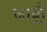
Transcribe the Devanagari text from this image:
जाकूँ